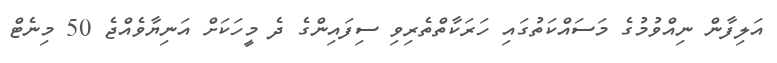
އަލިފާން ނިއްވުމުގެ މަސައްކަތުގައި ހަރަކާތްތެރިވި ސިފައިންގެ ދެ މީހަކަށް އަނިޔާވެއްޖެ 50 މިނެޓް